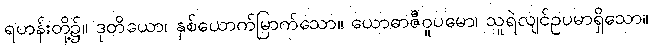
ရဟန်းတို့၌။ ဒုတိယော၊ နှစ်ယောက်မြာက်သော။ ယောဓာဇီဝူပမော၊ သူရဲလျင်ဥပမာရှိသော။